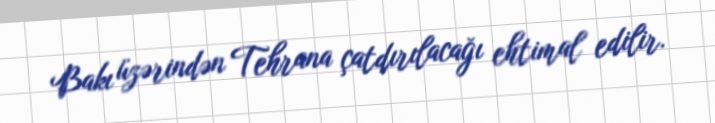
Bakı üzərindən Tehrana çatdırılacağı ehtimal edilir.